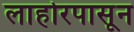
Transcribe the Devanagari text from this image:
लाहोरपासून